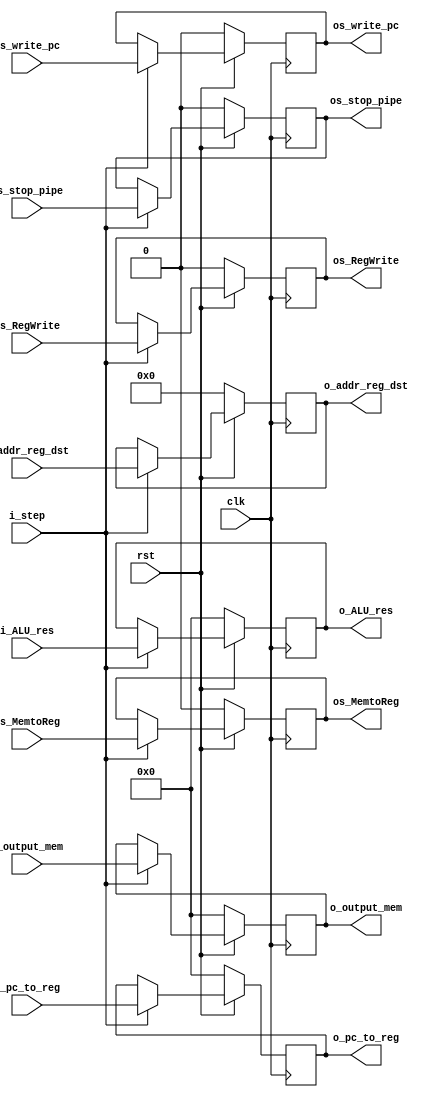
`timescale 1ns / 1ps
module Latch_MEM_WB(
                input  wire          clk,
                input  wire          rst,
                input  wire          i_step,
                input  wire [31 : 0] i_output_mem,
                input  wire [31 : 0] i_ALU_res,
                input  wire [4  : 0] i_addr_reg_dst,
                input  wire [31 : 0] i_pc_to_reg,
                input  wire          is_RegWrite,
                input  wire          is_MemtoReg,
                //input  wire          is_select_addr_reg,
                input  wire          is_write_pc,
                input  wire          is_stop_pipe,
                output reg [31 : 0]  o_output_mem,
                output reg [31 : 0]  o_ALU_res,
                output reg [4  : 0]  o_addr_reg_dst,
                output reg [31 : 0]  o_pc_to_reg,
                //output reg           os_select_addr_reg,
                output reg           os_write_pc,
                output reg           os_RegWrite,
                output reg           os_MemtoReg,
                output reg           os_stop_pipe
                   );
                   
    always@(posedge clk)begin
        if(~rst)begin
            o_output_mem        <= 0;
            o_ALU_res           <= 0;
            o_addr_reg_dst      <= 0;
            o_pc_to_reg         <= 0;
            os_RegWrite         <= 0;
            os_MemtoReg         <= 0;
            os_write_pc         <= 0;
            os_stop_pipe        <= 0;
            //os_select_addr_reg  <= 0;
        end
        else begin
            if(i_step) begin
                o_output_mem        <= i_output_mem;
                o_ALU_res           <= i_ALU_res;
                o_addr_reg_dst      <= i_addr_reg_dst;
                o_pc_to_reg         <= i_pc_to_reg;
                os_RegWrite         <= is_RegWrite;
                os_MemtoReg         <= is_MemtoReg;
                os_write_pc         <= is_write_pc;
                os_stop_pipe        <= is_stop_pipe;
                //os_select_addr_reg  <= is_select_addr_reg;
            end

        end
    end
endmodule